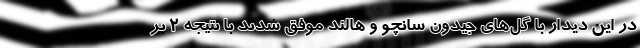
در این دیدار با گل‌های جیدون سانچو و هالند موفق شدند با نتیجه ۲ بر